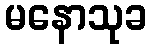
မနောသုခ